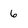
Character: 6